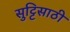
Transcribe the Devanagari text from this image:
सुट्टिसाठी